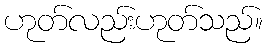
ဟုတ်လည်းဟုတ်သည်။